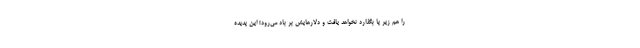
را هم زیر پا بگذارد نخواهد یافت و دلارهایش بر باد می‌رود! این پدیده